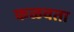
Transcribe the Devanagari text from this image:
कळवता